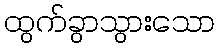
ထွက်ခွာသွားသော